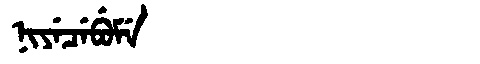
Manchu: ᠨᡳᠶᡝᠴᡝᠪᡠᠮᡝ
Romanization: NIYECEBUME